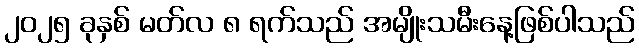
၂၀၂၅ ခုနှစ် မတ်လ ၈ ရက်သည် အမျိုးသမီးနေ့ဖြစ်ပါသည်